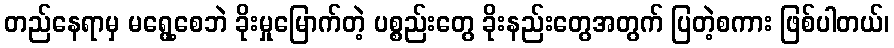
တည်နေရာမှ မရွေ့စေဘဲ ခိုးမှုမြောက်တဲ့ ပစ္စည်းတွေ ခိုးနည်းတွေအတွက် ပြတဲ့စကား ဖြစ်ပါတယ်၊